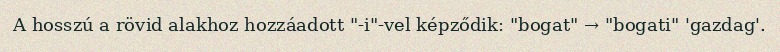
A hosszú a rövid alakhoz hozzáadott "-i"-vel képződik: "bogat" → "bogati" 'gazdag'.